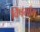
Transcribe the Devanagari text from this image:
विषमाँग